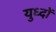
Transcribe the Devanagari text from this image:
युध्दों